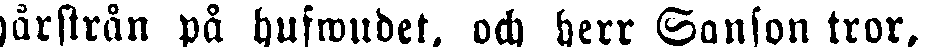
hårstrån på hufwudet, och herr Sanson tror,